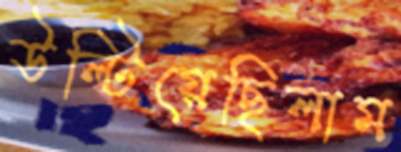
উল্‌টিয়েছিলাম